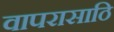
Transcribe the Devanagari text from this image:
वापरासाठि